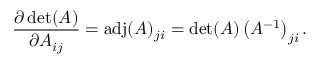
{ \frac { \partial \operatorname* { d e t } ( A ) } { \partial A _ { i j } } } = \operatorname { a d j } ( A ) _ { j i } = \operatorname* { d e t } ( A ) \left( A ^ { - 1 } \right) _ { j i } .